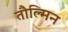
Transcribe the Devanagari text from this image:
तौल्मिन